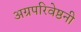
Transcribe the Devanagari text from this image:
अग्रपरिवेष्ठनी